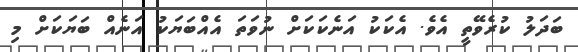
ބަދަލު ކުރެވޭތީ އެވެ. އެކަކު އަނެކަކަށް ނުވަތަ އެއްބަޔަކު އަނެއް ބަޔަކަށް މި